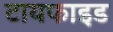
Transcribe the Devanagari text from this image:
टायफाइड